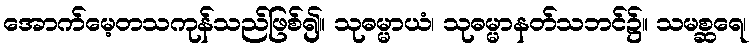
အောက်မေ့တသကုန်သည်ဖြစ်၍။ သုဓမ္မာယံ၊ သုဓမ္မာနတ်သဘင်၌။ သမစ္ဆရေ၊